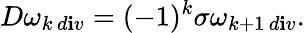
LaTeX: D\omega_{k\, d\mathbf{i}v}=(-1)^{k}\sigma\omega_{k+1\, d\mathbf{i}v}.